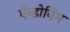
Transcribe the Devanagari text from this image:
ऍन्डोनिम